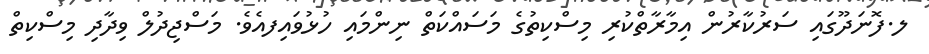
ލ.ފޮނަދޫގައި ސަރުކާރުން އިމާރާތްކުރި މިސްކިތުގެ މަސައްކަތް ނިންމައި ހުޅުވައިފއެވެ. މަސްޖިދުލް ވިދާދި މިސްކިތް